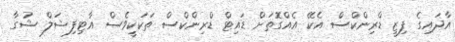
އާދައިގެ ފިޒީ ޑްރިންކްސް އެކޭ އެއްގޮތަށް ޑައިޓް ޑްރިންކްސް ތަކަކީވެސް އާޓިފިޝަލް ޝުގާ